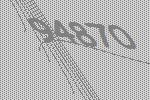
94870